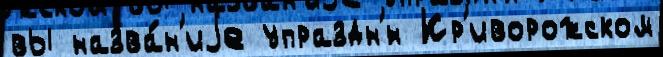
вы назва́н'иjе упраздн'́н Кр'иворожском